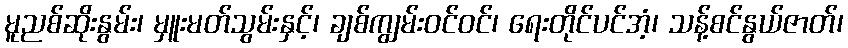
မူညစ်ဆိုးနွမ်း၊ မှူးမတ်သွမ်းနှင့်၊ ချစ်ကျွမ်းဝင်ဝင်၊ ရေးတိုင်ပင်အံ့၊ သန့်စင်နွယ်ဇာတ်၊